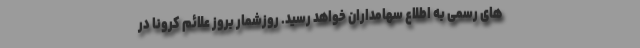
های رسمی به اطلاع سهامداران خواهد رسید. روزشمار بروز علائم کرونا در